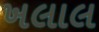
ખલાલ